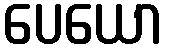
ပေယော